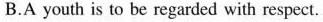
B.A youth is to be regarded with respect.